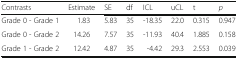
<table><thead><tr><td><b>Contrasts</b></td><td><b>Estimate</b></td><td><b>SE</b></td><td><b>df</b></td><td><b>ICL</b></td><td><b>uCL</b></td><td><b>t</b></td><td><b><i>p</i></b></td></tr></thead><tbody><tr><td>Grade 0 - Grade 1</td><td>1.83</td><td>5.83</td><td>35</td><td>-18.35</td><td>22.0</td><td>0.315</td><td>0.947</td></tr><tr><td>Grade 0 - Grade 2</td><td>14.26</td><td>7.57</td><td>35</td><td>-11.93</td><td>40.4</td><td>1.885</td><td>0.158</td></tr><tr><td>Grade 1 - Grade 2</td><td>12.42</td><td>4.87</td><td>35</td><td>-4.42</td><td>29.3</td><td>2.553</td><td>0.039</td></tr></tbody></table>